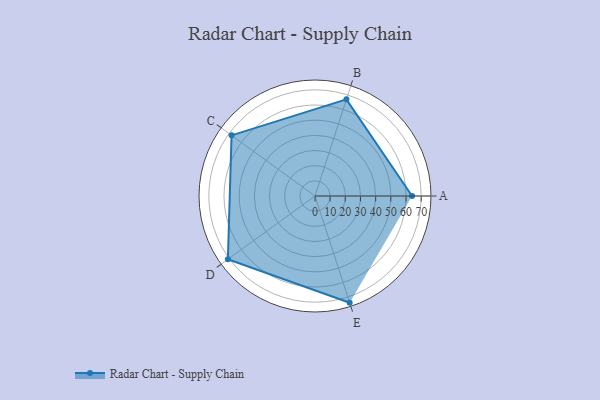
{"axis": {"x": "Skill", "y": "Score"}, "legend": ["Profile"], "data": [{"x": "A", "y": 64.0, "type": "Profile"}, {"x": "B", "y": 67.0, "type": "Profile"}, {"x": "C", "y": 68.0, "type": "Profile"}, {"x": "D", "y": 71.0, "type": "Profile"}, {"x": "E", "y": 74.0, "type": "Profile"}]}